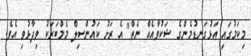
މިކަމުގައި އަޅުގަނޑުމެންގެ ޝަކުވާއެއް ނެތް" އެ ރަށު ކައުންސިލް މެމްބަރަކު ވިދާޅުވި އެވެ.